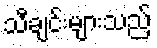
သီချင်းများသည်